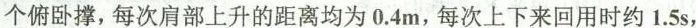
个俯卧撑，每次肩部上升的距离均为0.4m，每次上下来回用时约1.5s，